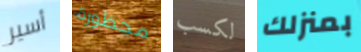
أسير محظورة لكسب بمنزلك